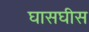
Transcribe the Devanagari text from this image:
घासघीस